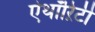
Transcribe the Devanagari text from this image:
ऐथॉऱिटी